Annual report on the Civil Veterinary Department, Burma (including the Insein Veterinary School) - 1923-1931
Year: 1923
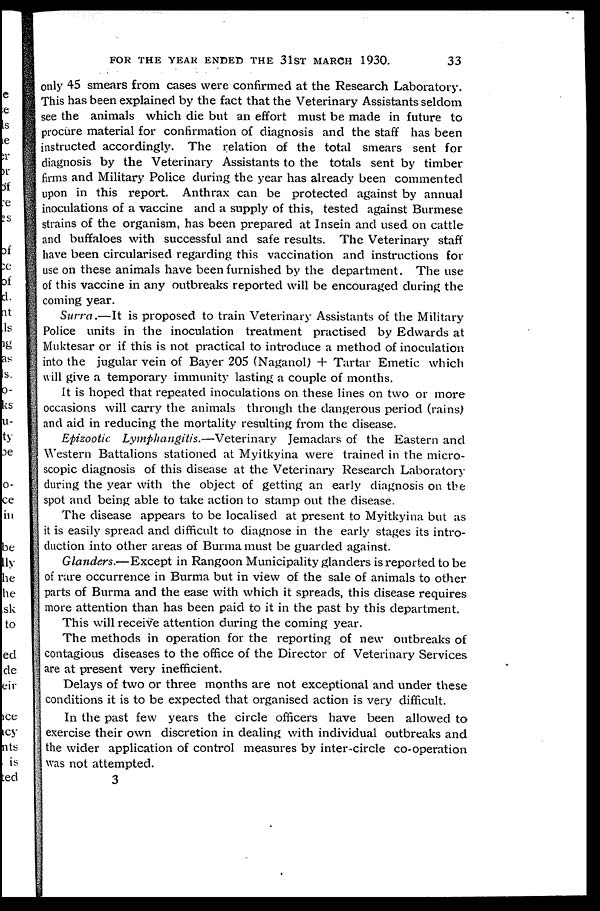
FOR THE YEAR ENDED THE 31ST MARCH 1930.
33
only 45 smears from cases were confirmed at the Research Laboratory.
This has been explained by the fact that the Veterinary Assistants seldom
see the animals which die but an effort must be made in future to
procure material for confirmation of diagnosis and the staff has been
instructed accordingly. The relation of the total smears sent for
diagnosis by the Veterinary Assistants to the totals sent by timber
firms and Military Police during the year has already been commented
upon in this report. Anthrax can be protected against by annual
inoculations of a vaccine and a supply of this, tested against Burmese
strains of the organism, has been prepared at Insein and used on cattle
and buffaloes with successful and safe results. The Veterinary staff
have been circularised regarding this vaccination and instructions for
use on these animals have been furnished by the department. The use
of this vaccine in any outbreaks reported will be encouraged during the
coming year.
Surra.—It is proposed to train Veterinary Assistants of the Military
Police units in the inoculation treatment practised by Edwards at
Muktesar or if this is not practical to introduce a method of inoculation
into the jugular vein of Bayer 205 (Naganol) + Tartar Emetic which
will give a temporary immunity lasting a couple of months.
It is hoped that repeated inoculations on these lines on two or more
occasions will carry the animals through the dangerous period (rains)
and aid in reducing the mortality resulting from the disease.
Epizootic Lymphangitis.—Veterinary
Jemadars of the Eastern and
Western Battalions stationed at Myitkyina were trained in the micro-
scopic diagnosis of this disease at the Veterinary Research Laboratory
during the year with the object of getting an early diagnosis on the
spot and being able to take action to stamp out the disease.
The disease appears to be localised at present to Myitkyina but as
it is easily spread and difficult to diagnose in the early stages its intro-
duction into other areas of Burma must be guarded against.
Glanders.—Except in Rangoon Municipality glanders is reported to be
of rare occurrence in Burma but in view of the sale of animals to other
parts of Burma and the ease with which it spreads, this disease requires
more attention than has been paid to it in the past by this department.
This will receive attention during the coming year.
The methods in operation for the reporting of new outbreaks of
contagious diseases to the office of the Director of Veterinary Services
are at present very inefficient.
Delays of two or three months are not exceptional and under these
conditions it is to be expected that organised action is very difficult.
In the past few years the circle officers have been allowed to
exercise their own discretion in dealing with individual outbreaks and
the wider application of control measures by inter-circle co-operation
was not attempted.
3